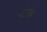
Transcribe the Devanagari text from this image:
चँप्लेन